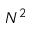
N ^ { 2 }